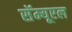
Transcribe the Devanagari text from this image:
सॅम्यूएल